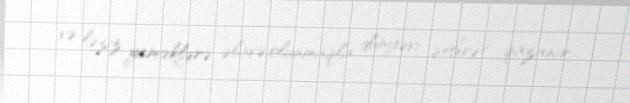
və ləziz yeməklərə əlavə olunmaqla dünyəvi şöhrət qazanır.